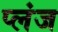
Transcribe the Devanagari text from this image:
प्लंज